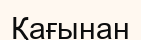
Қағынан